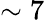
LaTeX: \sim 7